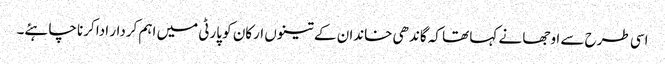
اسی طرح سے اوجھا نے کہا تھا کہ گاندھی خاندان کے تینوں ارکان کو پارٹی میں اہم کردار ادا کرنا چاہئے۔